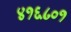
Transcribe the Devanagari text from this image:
४१६८०१